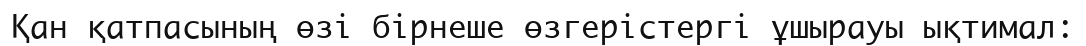
Қан қатпасының өзі бірнеше өзгерістергі ұшырауы ықтимал: